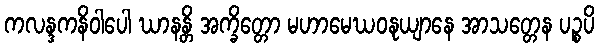
ကလန္ဒကနိဝါပေါ ဃာနန္တိ အက္ခိတ္တော မဟာမေဃဝနုယျာနေ အာသတ္တေန ပဉ္စပိ